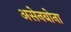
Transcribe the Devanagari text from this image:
असेनबोना